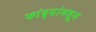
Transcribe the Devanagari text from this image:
फांद्यांमधून